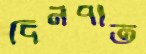
দিনপাত